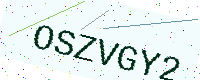
Text: OSZVGY2